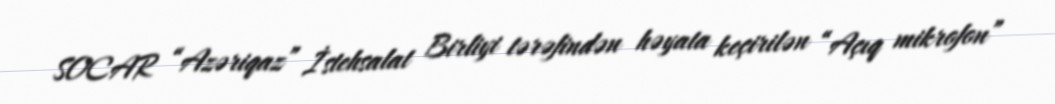
SOCAR “Azəriqaz” İstehsalat Birliyi tərəfindən həyata keçirilən “Açıq mikrofon”